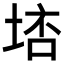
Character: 𡌮